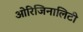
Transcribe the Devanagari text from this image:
ओरिजिनालिटी